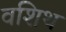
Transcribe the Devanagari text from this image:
वशिथ